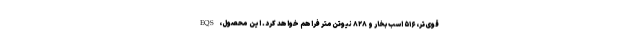
قوی‌تر، ۵۱۶ اسب‌بخار و ۸۲۸ نیوتن‌متر فراهم خواهد کرد. این محصول، EQS